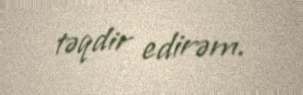
təqdir edirəm.